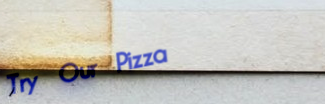
Try Our Pizza